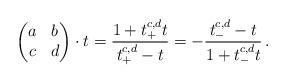
LaTeX: \begin{align*} \begin{pmatrix}a & b\\c & d\\\end{pmatrix}\cdot t=\frac{1+t^{c,d}_{+}t}{t^{c,d}_{+}-t}=-\frac{t_{-}^{c,d}-t}{1+t_{-}^{c,d}t}\,.\end{align*}